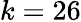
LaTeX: k=26